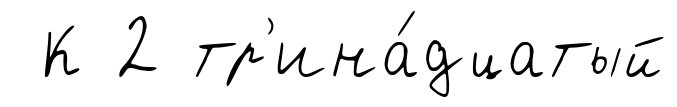
К 2 тр'ина́дцатый